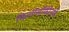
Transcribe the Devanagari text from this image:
फिलोसॉफीतर्फे